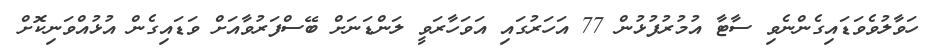
ހަވާލުވެވަޑައިގެންނެވި ސާޓާ އުމުރުފުޅުން 77 އަހަރުގައި އަވަހާރަވީ ލަންޑަނަށް ބޭސްފަރުވާއަށް ވަޑައިގެން އުޅުއްވަނިކޮށް